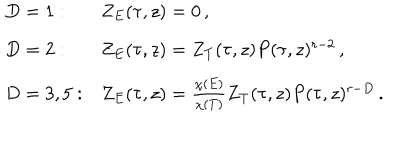
LaTeX: \begin{array} { l l } { { D = 1 : } } & { { Z _ { E } ( \tau , z ) = 0 \, , } } \\ { { D = 2 : } } & { { Z _ { E } ( \tau , z ) = Z _ { T } ( \tau , z ) P ( \tau , z ) ^ { r - 2 } \, , } } \\ { { D = 3 , 5 : } } & { { Z _ { E } ( \tau , z ) = \frac { \chi ( E ) } { \chi ( T ) } Z _ { T } ( \tau , z ) P ( \tau , z ) ^ { r - D } \, . } } \\ \end{array}